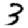
Digit: 3